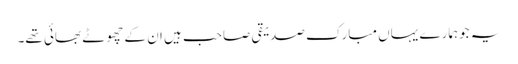
یہ جوہمارے یہاں مبارک صدیقی صاحب ہیں ان کے چھوٹے بھائی تھے۔